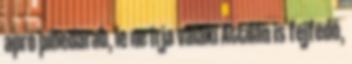
apró pihedarab, le ne írja valaki Attilán is fejfedő,